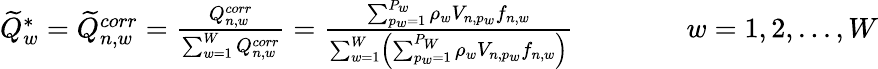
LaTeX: \begin{array}{r}{\widetilde{Q}_{w}^{*}=\widetilde{Q}_{n,w}^{corr}=\frac{Q_{n,w}^{corr}}{\sum_{w=1}^{W}Q_{n,w}^{corr}}=\frac{\sum_{p_{w}=1}^{P_{w}}\rho_{w}V_{n,p_{w}}f_{n,w}}{\sum_{w=1}^{W}\left(\sum_{p_{w}=1}^{P_{W}}\rho_{w}V_{n,p_{w}}f_{n,w}\right)}\qquad\qquad w=1,2,...,W}\end{array}